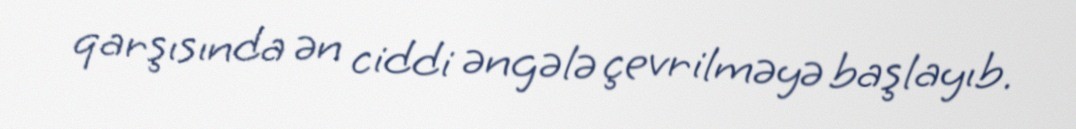
qarşısında ən ciddi əngələ çevrilməyə başlayıb.